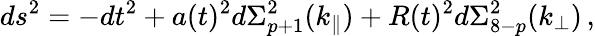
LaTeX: ds^{2}=-dt^{2}+a(t)^{2}d\Sigma_{p+1}^{2}(k_{\parallel})+R(t)^{2}d\Sigma_{8-p}^{2}(k_{\perp})\, ,